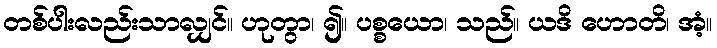
တစ်ပါးလည်းသာလျှင်။ ဟုတွာ၊ ၍။ ပစ္စယော၊ သည်။ ယဒိ ဟောတိ၊ အံ့။